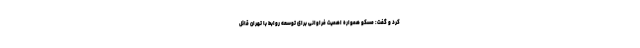
کرد و گفت: مسکو همواره اهمیت فراوانی برای توسعه روابط با تهران قائل